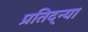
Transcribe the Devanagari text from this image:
प्रतिद्न्या